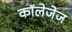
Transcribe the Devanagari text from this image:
कॉलेजेज